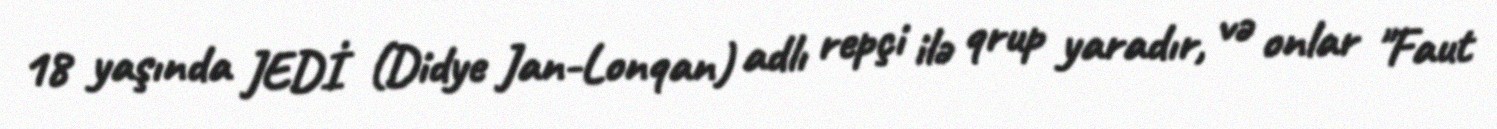
18 yaşında JEDİ (Didye Jan-Lonqan) adlı repçi ilə qrup yaradır, və onlar "Faut